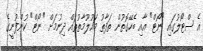
އެ ސްޓޯލުގައި "ނޯޓް" އާއި ބެހޭގޮތުން ތަފާތު މައުލޫމާތުތައް ދިނުމަށް "ނޯޓް" ކުންފުނީގެ